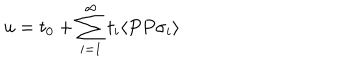
u = t _ { 0 } + \sum _ { i = 1 } ^ { \infty } t _ { i } \langle P P \sigma _ { i } \rangle